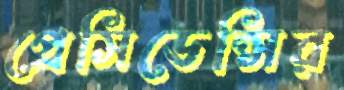
প্রেসিডেন্সির